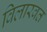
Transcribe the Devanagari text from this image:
विलारवत